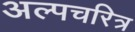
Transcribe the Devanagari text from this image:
अल्पचरित्र